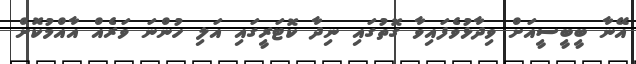
އޭނާ ބީބީސީއަށް ވިދާޅުވެފައިވާ ގޮތުގައި ނިދާ ކޮޓަރީގައި އަލި ހުންނަ ވަރެއް އާއްމުކޮށް